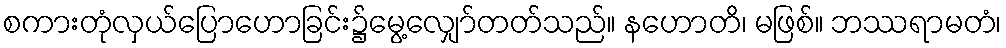
စကားတုံလှယ်ပြောဟောခြင်း၌မွေ့လျှော်တတ်သည်။ နဟောတိ၊ မဖြစ်။ ဘဿရာမတံ၊